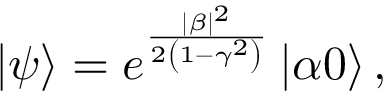
\left\vert \psi \right\rangle = e ^ { \frac { | \beta | ^ { 2 } } { 2 \left( 1 - \gamma ^ { 2 } \right) } } \left\vert \alpha 0 \right\rangle ,